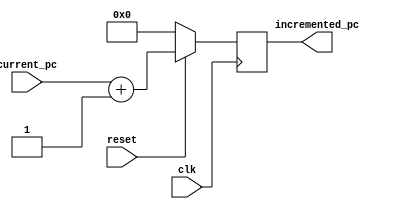
module pc_counter #(parameter WIDTH = 16) (
	input clk, reset, 
	input [WIDTH - 1 : 0] current_pc,
	output reg [WIDTH - 1 : 0] incremented_pc
);


// might not like this, if so, change to assign, should still work
	always @(posedge clk)
	begin
		if(~reset) 
			begin
				incremented_pc <= 0;
			end
		else incremented_pc <= current_pc + 1'b1;//WIDTH[WIDTH - 1 : 0];
	end
	
endmodule